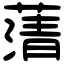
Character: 蔳